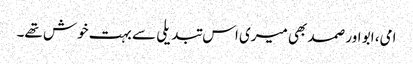
امی، ابو اور صمد بھی میری اس تبدیلی سے بہت خوش تھے۔